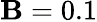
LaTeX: \mathbf{B}=0.1